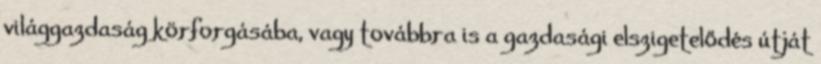
világgazdaság körforgásába, vagy továbbra is a gazdasági elszigetelődés útját